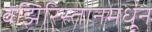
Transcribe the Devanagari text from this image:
वझिरिस्तानमधून